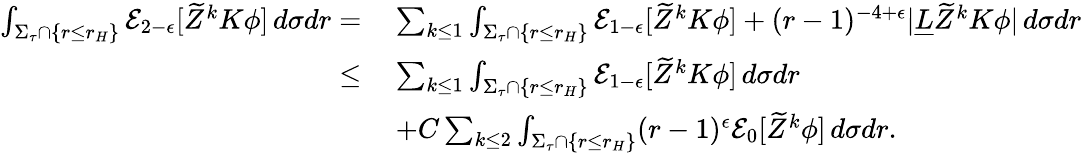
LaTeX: \begin{array}{rl}{\int_{\Sigma_{\tau}\cap\{ r\leq r_{H}\} }\mathcal{E}_{2-\epsilon}[\widetilde{Z}^{k}K\phi]\, d\sigma dr=}&{\: \sum_{k\leq 1}\int_{\Sigma_{\tau}\cap\{ r\leq r_{H}\} }\mathcal{E}_{1-\epsilon}[\widetilde{Z}^{k}K\phi]+(r-1)^{-4+\epsilon}|\underline{{L}}\widetilde{Z}^{k}K\phi|\, d\sigma dr}\\ {\leq}&{\: \sum_{k\leq 1}\int_{\Sigma_{\tau}\cap\{ r\leq r_{H}\} }\mathcal{E}_{1-\epsilon}[\widetilde{Z}^{k}K\phi]\, d\sigma dr}\\ &{\: +C\sum_{k\leq 2}\int_{\Sigma_{\tau}\cap\{ r\leq r_{H}\} }(r-1)^{\epsilon}\mathcal{E}_{0}[\widetilde{Z}^{k}\phi]\, d\sigma dr.}\end{array}